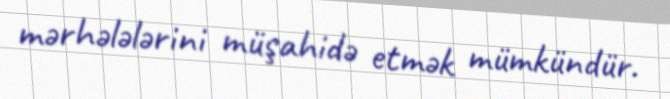
mərhələlərini müşahidə etmək mümkündür.